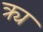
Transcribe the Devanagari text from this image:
क्र्य